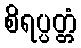
စိရပ္ပတ္တံ